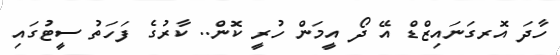
ހާދަ އޮރގަނައިޒްޑް އޭ ދޯ އީމަން ހުރީ ކޮން.. ކާރުގެ ފަހަތު ސީޓުގައި